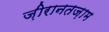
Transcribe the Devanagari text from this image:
ज़ीरानतज़ाम